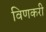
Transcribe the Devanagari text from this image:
विणकरी